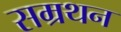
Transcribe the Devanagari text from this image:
सम्रथन